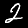
Label: 2